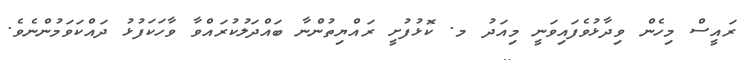
ރައީސް މިހެން ވިދާޅުވެފައިވަނީ މިއަދު މ. ކޮޅުފުށީ ރައްޔިތުންނާ ބައްދަލުކުރައްވާ ވާހަކަފުޅު ދައްކަވަމުންނެވެ.